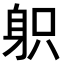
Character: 𨈪